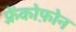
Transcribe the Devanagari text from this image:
फ़्रेंकोफ़ोन